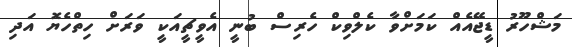
މަޝްހޫރު ޑީޖޭއެއް ކަމަށްވާ ކެލްވިކް ހެރިސް ބުނީ އެވީޗީއަކީ ވަރަށް ހިތްހެޔޮ އަދި